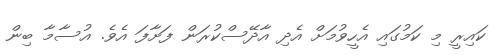
ކައިރީ މި ކަމުގައި އެހީވުމަށް އެދި އާދޭސްކުރަން ފަށާފަ އެވެ. އުސާމާ ބިން